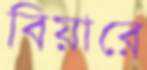
বিয়ারে